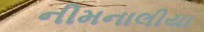
નીમનાલીયા